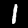
Label: 1